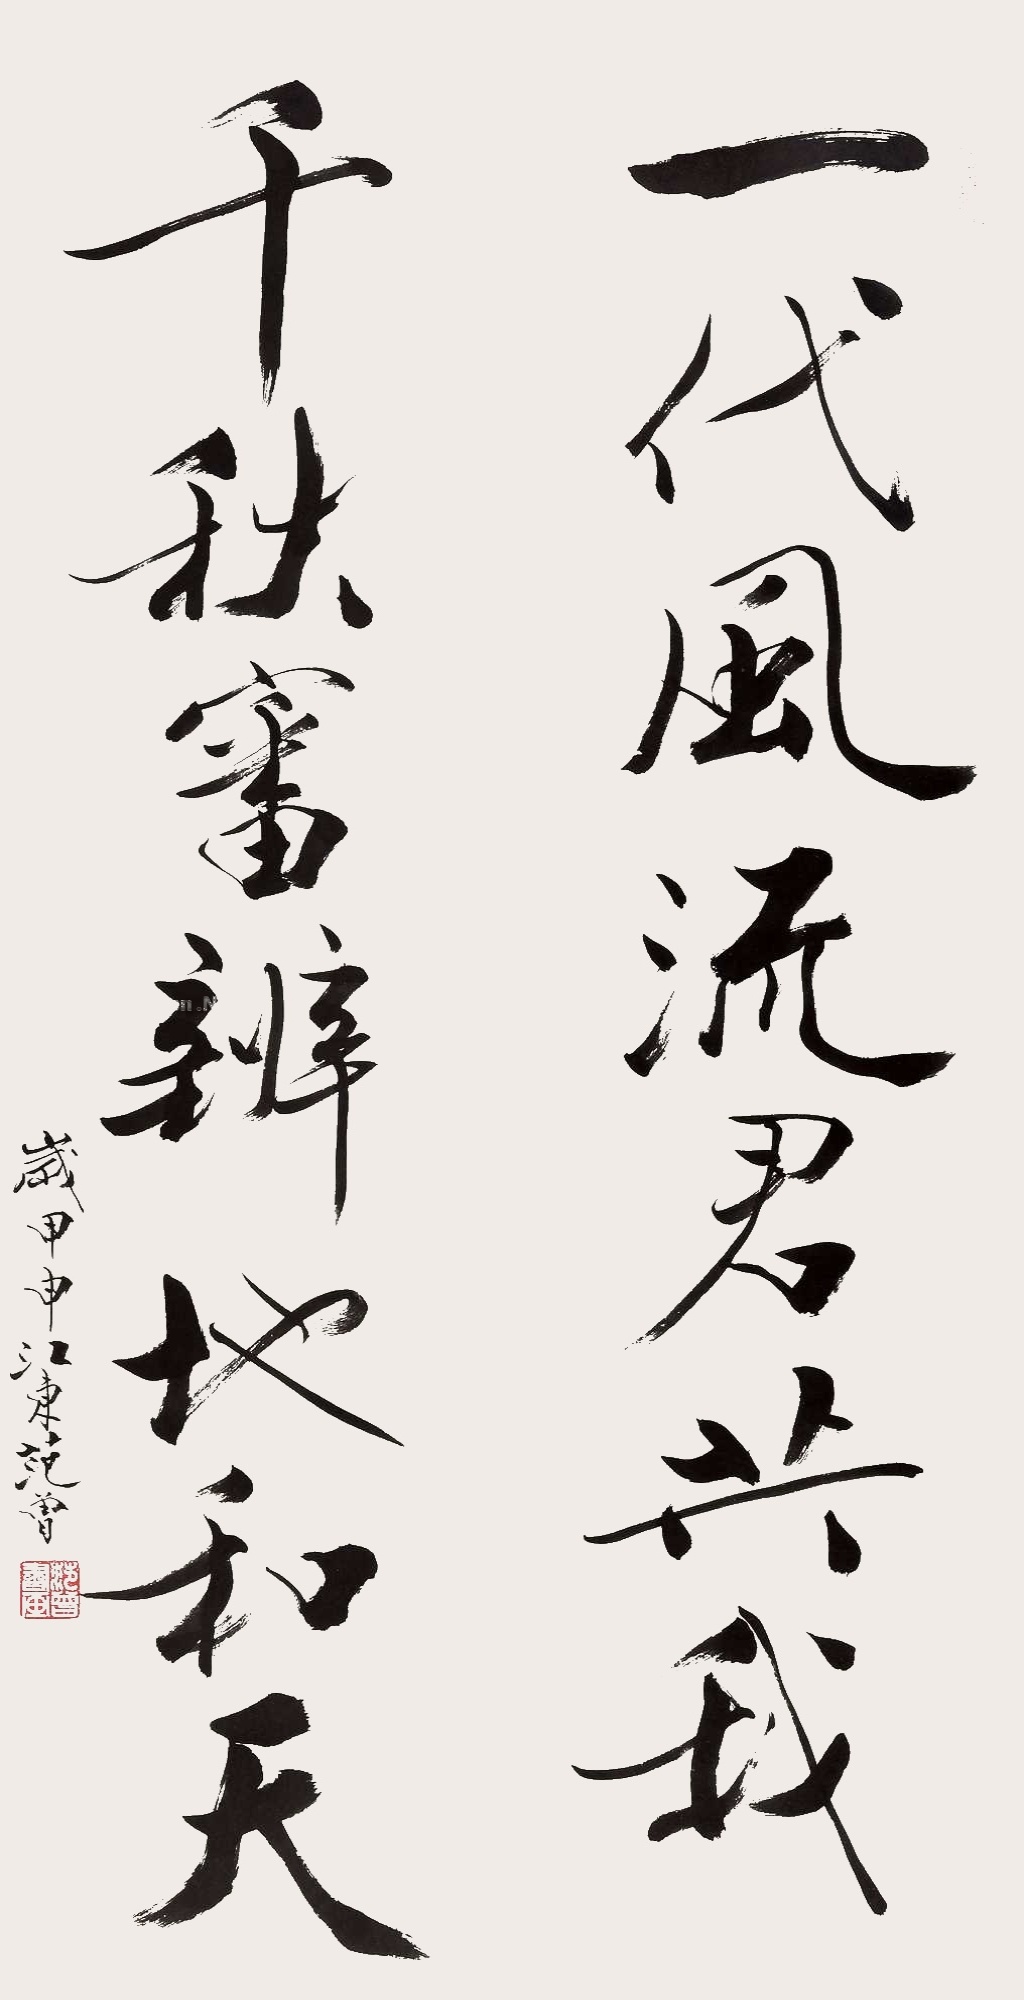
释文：一代风流君共我，千秋审辨地和天。岁甲申，江东范曾。